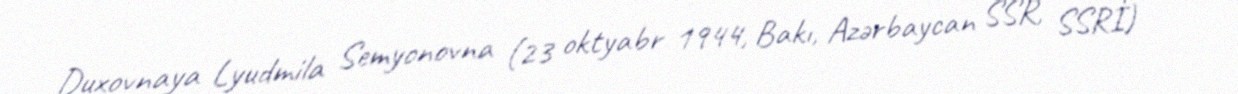
Duxovnaya Lyudmila Semyonovna (23 oktyabr 1944, Bakı, Azərbaycan SSR, SSRİ) —